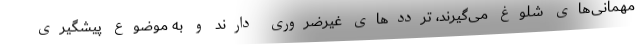
مهمانی‌های شلوغ می‌گیرند، ترددهای غیرضروری دارند و به موضوع پیشگیری